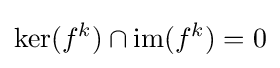
\mathrm {ker} (f^{k})\cap \mathrm {im} (f^{k})=0